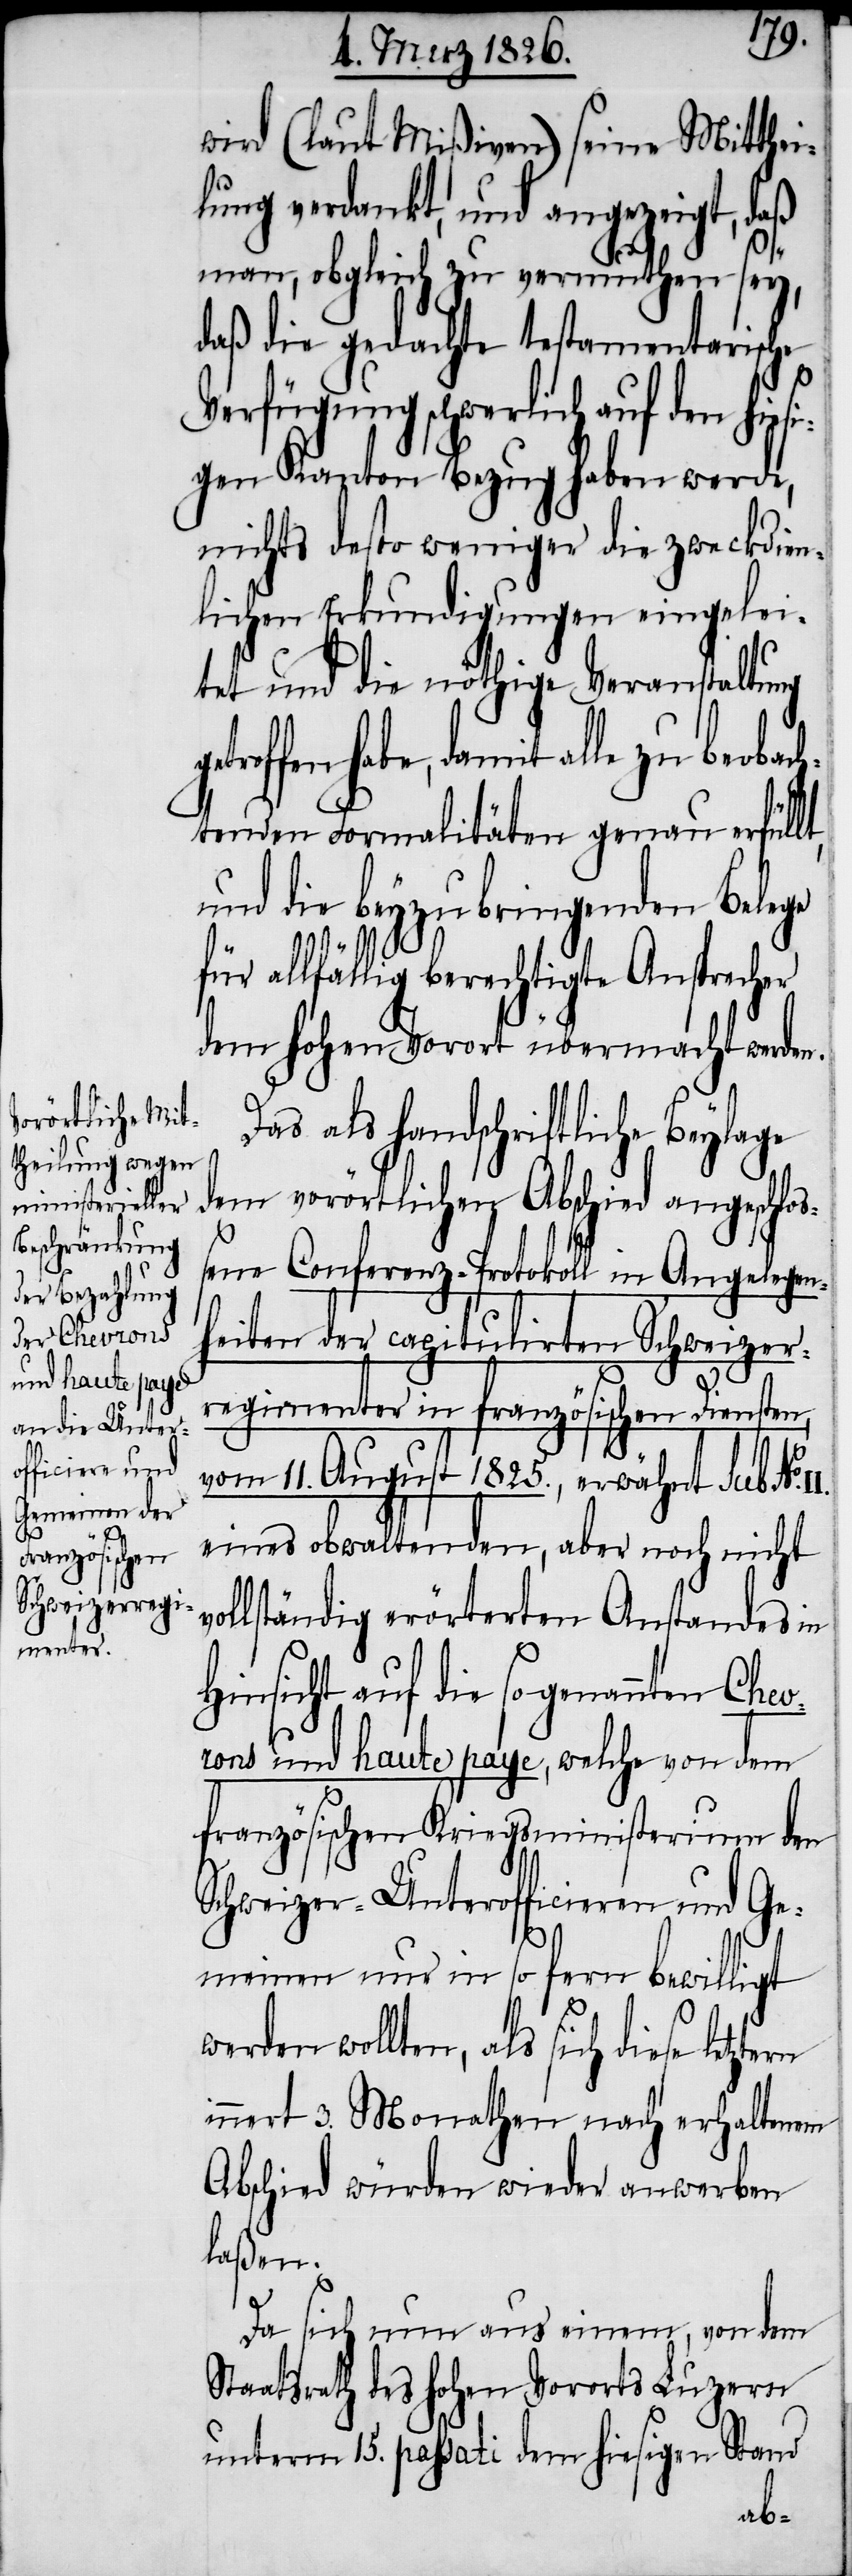
wird (laut Mißiven) seine Mitthei¬
lung verdankt, und angezeigt, daß
man, obgleich zu vermuthen sey,
daß die gedachte testamentarische
Verfügung schwerlich auf den
gen Kanton Bezug haben werde,
nichts desto weniger die zweckdien¬
lichen Erkundigungen eingelei¬
tet und die nöthige Veranstaltung
etroffen habe, damit alle zu beobach¬
tenden Formalitäten genau erfüllt,
und die beyzubringenden Belege
allfällig berechtigte Ansprecher
dem hohen Vorort übermacht werden.
Das als handschriftliche Beylage
dem vorörtlichen Abschied angeschloß¬
ene Conferenz-Protokoll in Angelegen¬
heiten der capitulirten Schweizer¬
in¬
regimenter in französischen Diensten,
vom 11. August 1825., erwähnt sub No.
eines obwaltenden, aber noch nicht
ollständig erörterten Anstandes in
Hinsicht auf die sogenannten Chev¬
rons und haute paye, welche von dem
französischen Kriegsministerium den
Schweizer-Unterofficieren und Ge¬
meinen nur in so fern bewilligt
werden wollten, als sich diese letzte¬
nert 3. Monathen nach erhaltenem
Abschied würden wieder anwerben
laßen.
Da sich nun aus einem, von dem
Staatsrath des hohen Vororts Luzern
unterm 15. passati dem hiesigen Stand